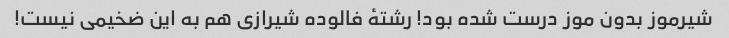
شیرموز بدون موز درست شده بود! رشتهٔ فالوده شیرازی هم به این ضخیمی نیست!